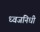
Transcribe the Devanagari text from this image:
ध्वजनिधी